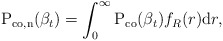
\begin{align*} \textrm{P}_{\textrm{co},\textrm{n}}(\beta_t)= \int_{0}^{\infty} \textrm{P}_\textrm{co} (\beta_t) f_R(r) \mathrm{d}r,\end{align*}